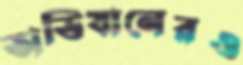
অভিযানেরও